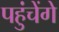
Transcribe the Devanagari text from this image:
पहुंचेंगे